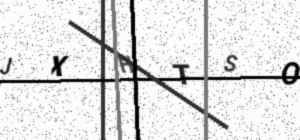
Text: JXHTSO